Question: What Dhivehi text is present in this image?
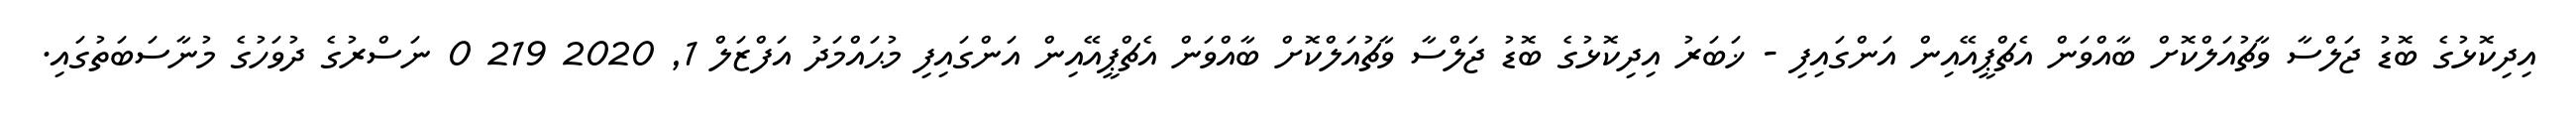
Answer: އިދިކޮޅުގެ ބޮޑު ޖަލްސާ ވާޗުއަލްކޮށް ބާއްވަން އެޗްޕީއޭއިން އަންގައިފި - ޚަބަރު އިދިކޮޅުގެ ބޮޑު ޖަލްސާ ވާޗުއަލްކޮށް ބާއްވަން އެޗްޕީއޭއިން އަންގައިފި މުޙައްމަދު އަފްޒަލް 1, 2020 219 0 ނަސްރުގެ ދުވަހުގެ މުނާސަބަތުގައި.